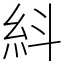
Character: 紏